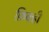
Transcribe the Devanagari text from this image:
फ़िक्ही